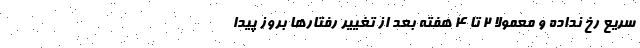
سریع رخ نداده و معمولاً ۲ تا ۴ هفته بعد از تغییر رفتارها بروز پیدا